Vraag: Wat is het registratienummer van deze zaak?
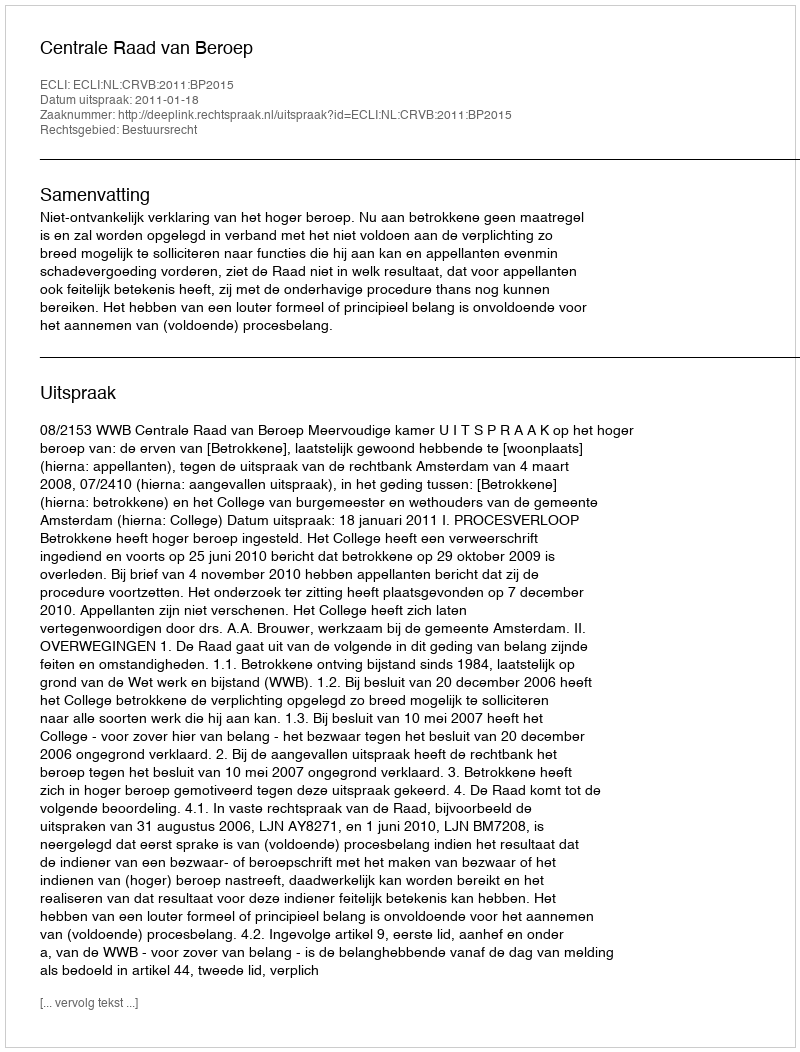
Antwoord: http://deeplink.rechtspraak.nl/uitspraak?id=ECLI:NL:CRVB:2011:BP2015